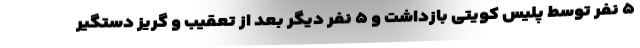
۵ نفر توسط پلیس کویتی بازداشت و ۵ نفر دیگر بعد از تعقیب و گریز دستگیر